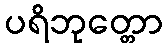
ပရိဘုတ္တော